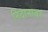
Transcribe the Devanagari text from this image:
निदानावर